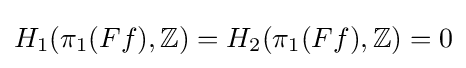
H_{1}(\pi _{1}(Ff),\mathbb {Z} )=H_{2}(\pi _{1}(Ff),\mathbb {Z} )=0